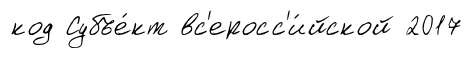
код Субъе́кт вс'еросс'и́йской 2017